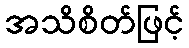
အသိစိတ်ဖြင့်